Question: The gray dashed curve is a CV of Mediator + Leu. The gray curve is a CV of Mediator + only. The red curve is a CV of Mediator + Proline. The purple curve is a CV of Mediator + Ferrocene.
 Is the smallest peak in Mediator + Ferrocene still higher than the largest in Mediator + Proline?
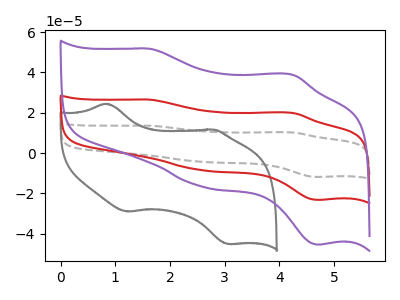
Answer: <think>The gray dashed curve "Mediator + Leu" has anodic peaks at (1.60V, 53.00uA) (4.25V, 39.70uA) and cathodic peaks at (2.60V, -17.05uA) (4.70V, -46.50uA). The gray curve "Mediator + only" has anodic peaks at (0.85V, 24.40uA) (2.80V, 11.65uA) and cathodic peaks at (1.20V, -29.05uA) (3.05V, -45.15uA). The red curve "Mediator + Proline" has anodic peaks at (1.60V, 26.50uA) (4.25V, 19.85uA) and cathodic peaks at (2.60V, -8.55uA) (4.70V, -23.25uA). The purple curve "Mediator + Ferrocene" has anodic peaks at (1.60V, 51.75uA) (4.25V, 38.80uA) and cathodic peaks at (2.60V, -16.65uA) (4.70V, -45.45uA).</think>
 <answer>Every peak in "Mediator + Ferrocene" is higher than every peak in "Mediator + Proline".</answer>
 <eval>higher</eval>